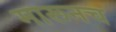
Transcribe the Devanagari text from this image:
मारूनच